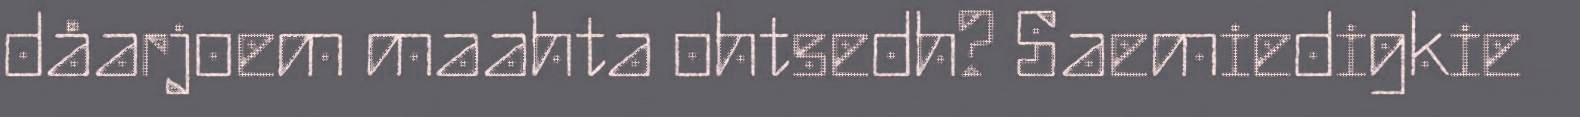
dåarjoem maahta ohtsedh? Saemiedigkie